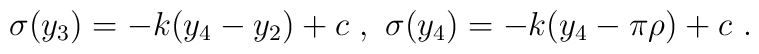
\sigma (y_3) = - k ( y_4-y_2 )+ c ~,~ \sigma (y_4) = - k ( y_4- \pi \rho )+ c~.~\,